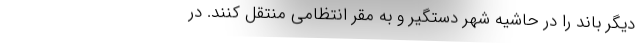
دیگر باند را در حاشیه شهر دستگیر و به مقر انتظامی منتقل کنند. در